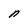
Character: n